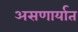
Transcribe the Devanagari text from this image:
असणार्यात